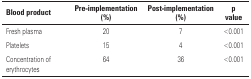
<table><thead><tr><td><b>Blood product</b></td><td><b>Pre-implementation (%)</b></td><td><b>Post-implementation (%)</b></td><td><b>p value</b></td></tr></thead><tbody><tr><td>Fresh plasma</td><td>20</td><td>7</td><td>&lt;0.001</td></tr><tr><td>Platelets</td><td>15</td><td>4</td><td>&lt;0.001</td></tr><tr><td>Concentration of erythrocytes</td><td>64</td><td>36</td><td>&lt;0.001</td></tr></tbody></table>